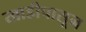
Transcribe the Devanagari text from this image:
खाडीपासून